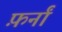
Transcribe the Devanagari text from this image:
फ़र्नां